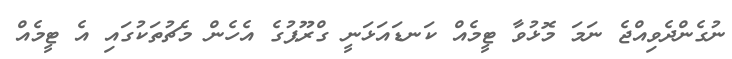
ނުގެންދެވިއްޖެ ނަމަ މޮޅުވާ ޓީމެއް ކަނޑައަޅަނީ ގްރޫޕުގެ އެހެން މެޗުތަކުގައި އެ ޓީމެއް